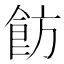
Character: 𩚠